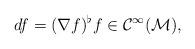
LaTeX: \begin{align*} df = (\nabla f)^\flat f \in \cal{C}^\infty(M),\end{align*}